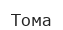
Тома